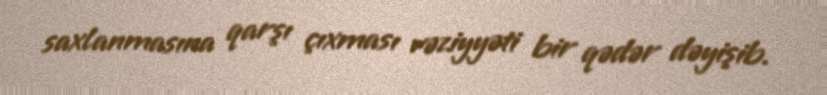
saxlanmasına qarşı çıxması vəziyyəti bir qədər dəyişib.